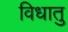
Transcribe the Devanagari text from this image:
विधातु